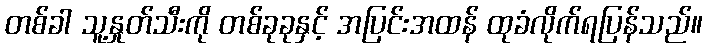
တစ်ခါ သူ့နှုတ်သီးကို တစ်ခုခုနှင့် အပြင်းအထန် ထုခံလိုက်ရပြန်သည်။